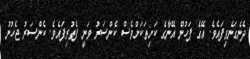
ދެނެގަނެވިފައެވެ. އޭގެ ފަހުން އޭނާގެ ކަށިތަކަށްވެސް ކެންސަރު ވަނީ ފެތުރިފައެވެ. ކެންސަރު ޖެހުނު